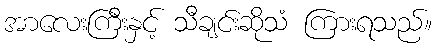
အာလေးကြီးနှင့် သီချင်းဆိုသံ ကြားရသည်။